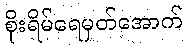
စိုးရိမ်ရေမှတ်အောက်